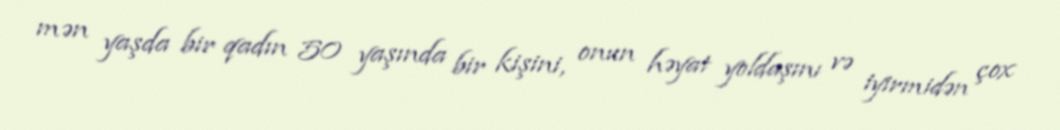
mən yaşda bir qadın 50 yaşında bir kişini, onun həyat yoldaşını və iyirmidən çox